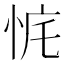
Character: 𰑛